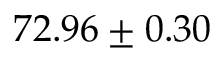
7 2 . 9 6 \pm 0 . 3 0